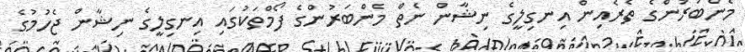
މެންބަރުންގެ ތެރެއިން އިނގިލީގެ ނިޝާން ނެތް މެންބަރުންގެ ފޯމްތަކުގައި އިނގިލީގެ ނިޝާން ޖެހުމުގެ